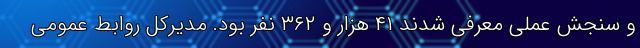
و سنجش عملی معرفی شدند ۴۱ هزار و ۳۶۲ نفر بود. مدیرکل روابط عمومی